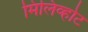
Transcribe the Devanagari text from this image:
मिलिव्होट